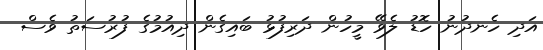
އަދި ހެނދުނު ހޮޑު ލެވޭ މީހުން ދަރިފުޅު ބައިގެން ދިއުމުގެ ފުރުސަތު ވެސް